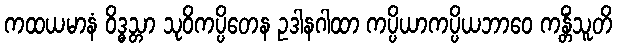
ကထယမာနံ ဝိဒ္ဓသ္တာ သုဝိကပ္ပိတေန ဥဒါနဂါထာ ကပ္ပိယာကပ္ပိယဘာဝေ ကန္တိံသူတိ